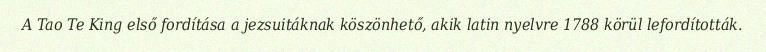
A Tao Te King első fordítása a jezsuitáknak köszönhető, akik latin nyelvre 1788 körül lefordították.